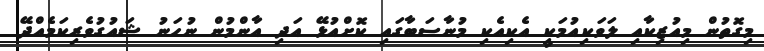
މިގޮތުން މިއުޒިކާއި ލަވަކިއުމަކީ އެކިއެކި މުނާސަބާގައި ކޮށްއުޅޭ އަދި އާންމުން ނުހަނު ޝައުގުވެރިކަމެއްދޭ